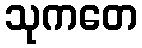
သုကတေ